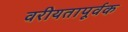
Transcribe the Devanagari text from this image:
वरीयतापूर्वक